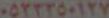
٠٥٢٢٢٥٠١٢٧